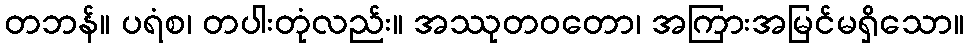
တဘန်။ ပရံစ၊ တပါးတုံလည်း။ အဿုတဝတော၊ အကြားအမြင်မရှိသော။